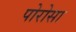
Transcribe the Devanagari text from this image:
पोरोसा